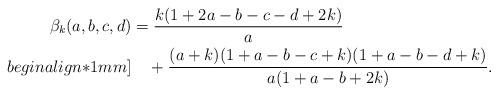
LaTeX: \begin{align*}\beta_k(a,b,c,d)&=\frac{k(1+2a-b-c-d+2k)}{a}\\begin{align*}1mm]&\quad+\frac{(a+k)(1+a-b-c+k)(1+a-b-d+k)}{a(1+a-b+2k)}.\end{align*}